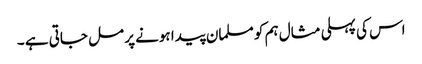
اس کی پہلی مثال ہم کو مسلمان پیدا ہونے پر مل جاتی ہے ۔